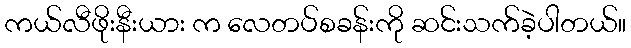
ကယ်လီဖိုးနီးယား က လေတပ်စခန်းကို ဆင်းသက်ခဲ့ပါတယ်။